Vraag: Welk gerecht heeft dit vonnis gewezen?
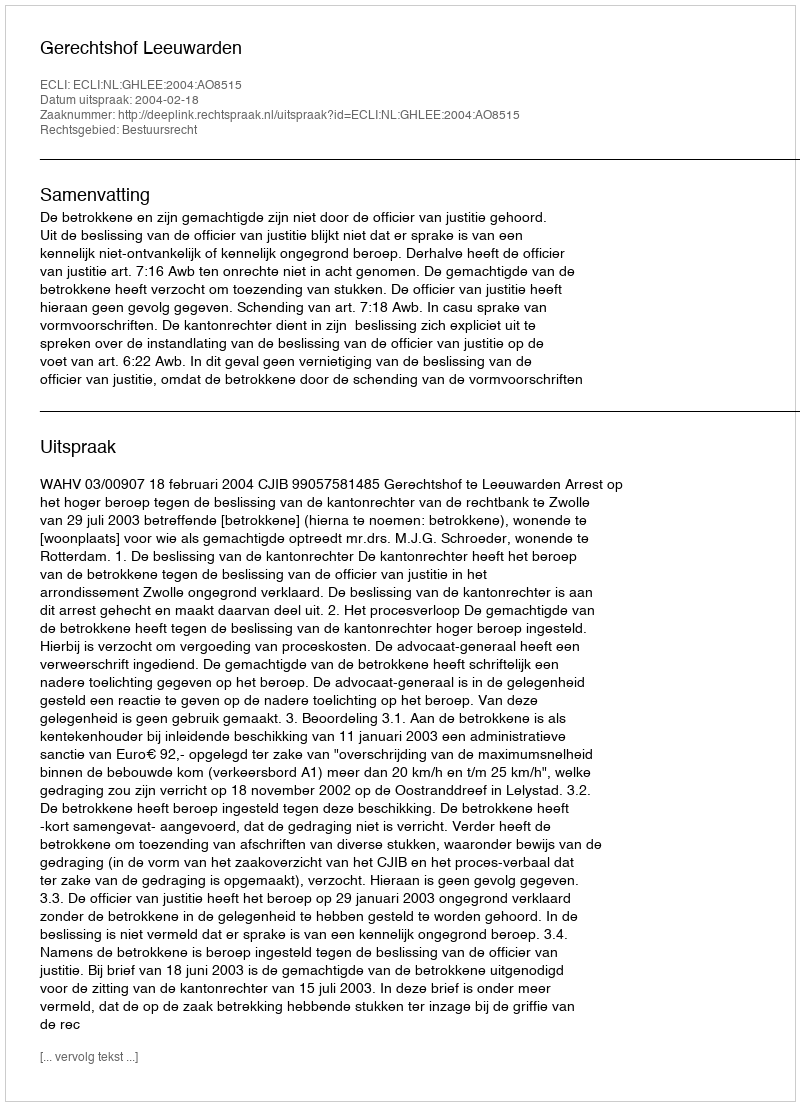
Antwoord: Gerechtshof Leeuwarden